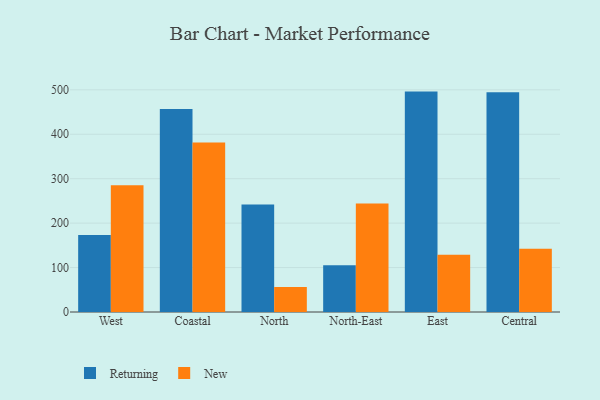
{"axis": {"x": "Region", "y": "Backlog"}, "legend": ["New", "Returning"], "data": [{"x": "West", "y": 173.1, "type": "Returning"}, {"x": "West", "y": 285.0, "type": "New"}, {"x": "Coastal", "y": 456.6, "type": "Returning"}, {"x": "Coastal", "y": 381.4, "type": "New"}, {"x": "North", "y": 242.1, "type": "Returning"}, {"x": "North", "y": 56.4, "type": "New"}, {"x": "North-East", "y": 105.0, "type": "Returning"}, {"x": "North-East", "y": 244.1, "type": "New"}, {"x": "East", "y": 496.0, "type": "Returning"}, {"x": "East", "y": 129.0, "type": "New"}, {"x": "Central", "y": 494.8, "type": "Returning"}, {"x": "Central", "y": 142.5, "type": "New"}]}